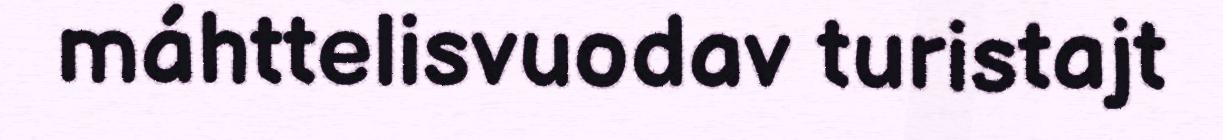
máhttelisvuodav turistajt